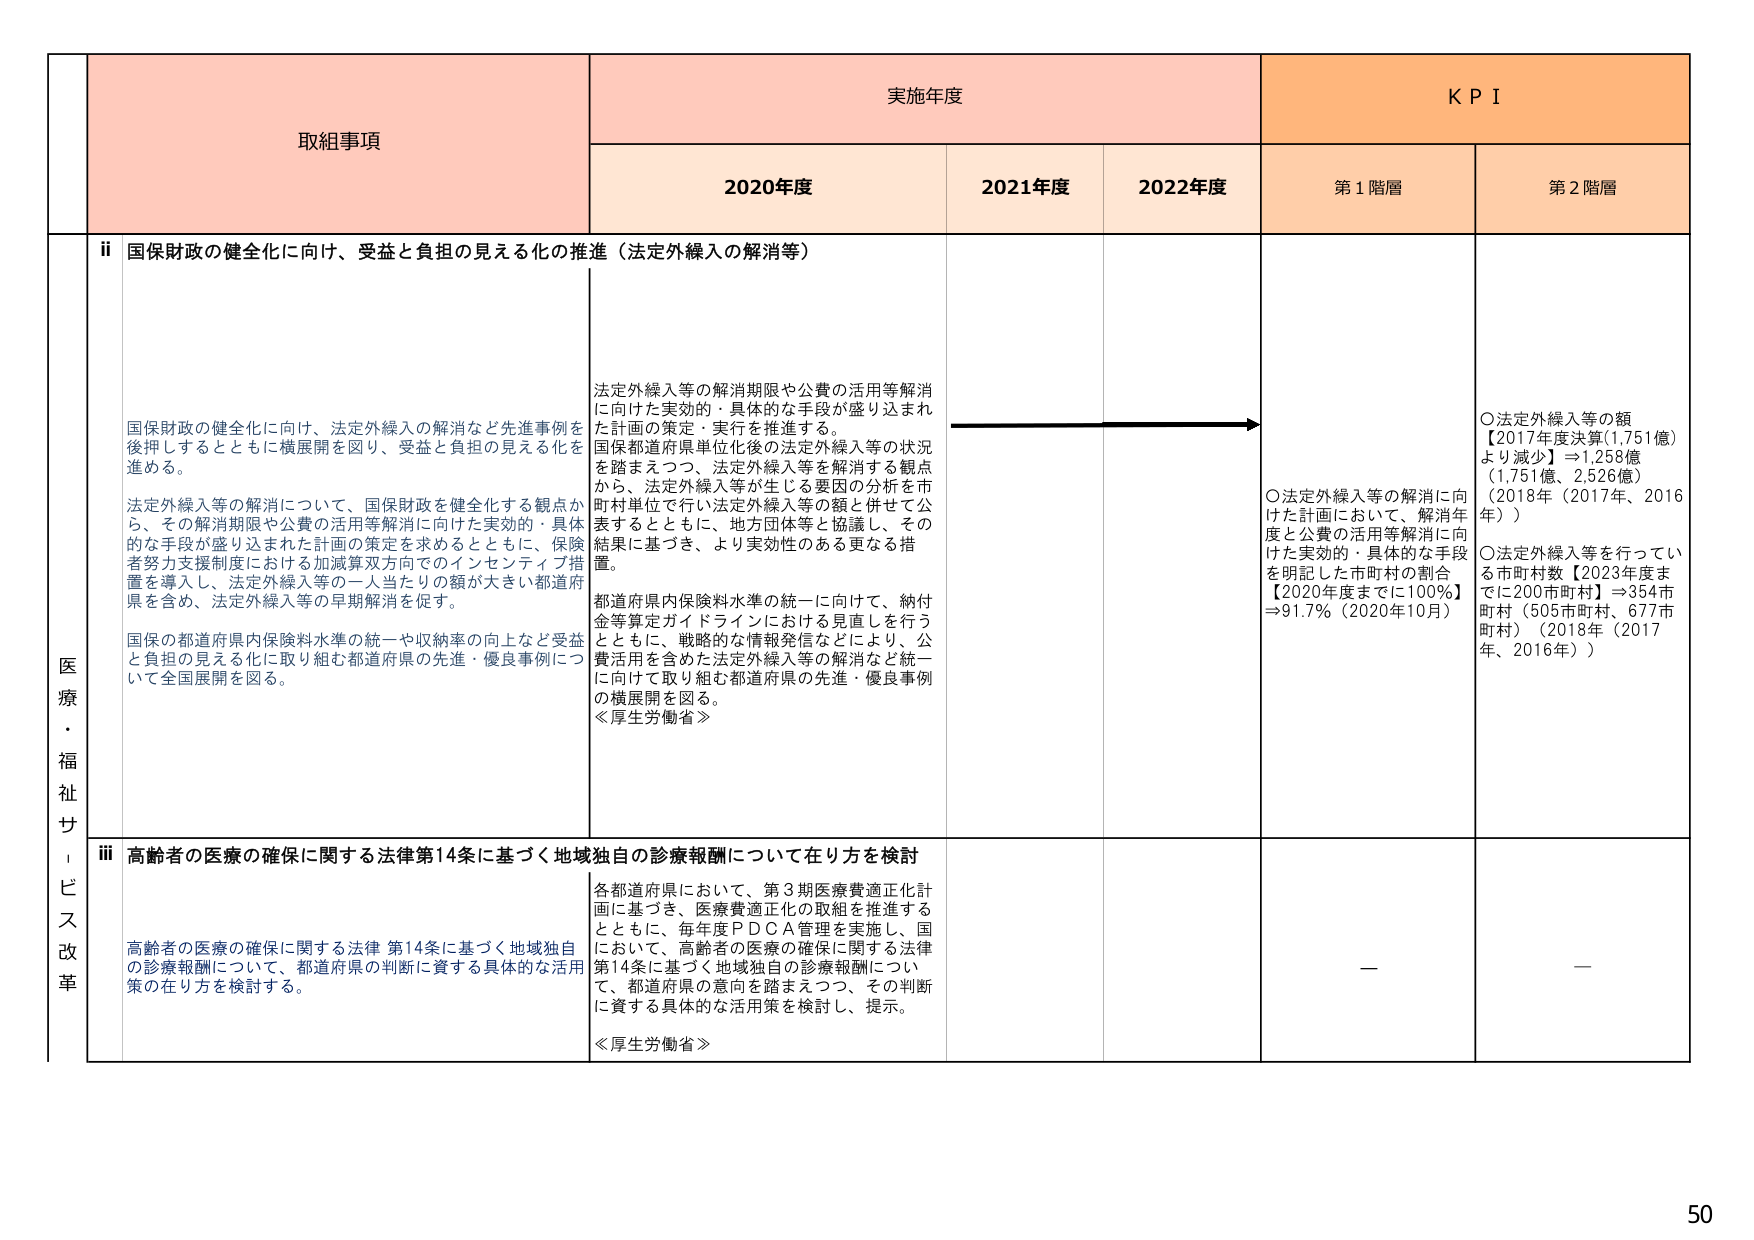
医療・福祉サービス改革

取組事項

ii 国保財政の健全化に向け、受益と負担の見える化の推進（法定外繰入の解消等）

国保財政の健全化に向け、法定外繰入の解消など先進事例を後押しするとともに横展開を図り、受益と負担の見える化を進める。

法定外繰入等の解消について、国保財政を健全化する観点から、その解消期限や公費の活用等解消に向けた実効的・具体的な手段が盛り込まれた計画の策定を求めるとともに、保険者努力支援制度における加減算双方向でのインセンティブ措置を導入し、法定外繰入等の一人当たりの額が大きい都道府県を含め、法定外繰入等の早期解消を促す。

国保の都道府県内保険料水準の統一や収納率の向上など受益と負担の見える化に取り組む都道府県の先進・優良事例について全国展開を図る。

実施年度

2020年度

2021年度

2022年度

KPI

第1階層

第2階層

法定外繰入等の解消期限や公費の活用等解消に向けた実効的・具体的な手段が盛り込まれた計画の策定・実行を推進する。

国保都道府県単位化後の法定外繰入等の状況を踏まえつつ、法定外繰入等を解消する観点から、法定外繰入等が生じる要因の分析を市町村単位で行い法定外繰入等の額と併せて公表するとともに、地方団体等と協議し、その結果に基づき、より実効性のある更なる措置。

都道府県内保険料水準の統一に向けて、納付金等算定ガイドラインにおける見直しを行うとともに、戦略的な情報発信などにより、公費活用を含めた法定外繰入等の解消など統一に向けて取り組む都道府県の先進・優良事例の横展開を図る。

≪厚生労働省≫

○法定外繰入等の解消に向けた計画において、解消年度と公費の活用等解消に向けた実効的・具体的な手段を明記した市町村の割合【2020年度までに100％】⇒91.7％（2020年10月）

○法定外繰入等の額【2017年度決算(1,751億)より減少】⇒1,258億（1,751億、2,526億）（2018年（2017年、2016年））

○法定外繰入等を行っている市町村数【2023年度までに200市町村】⇒354市町村（505市町村、677市町村）（2018年（2017年、2016年））

iii 高齢者の医療の確保に関する法律第14条に基づく地域独自の診療報酬について在り方を検討

高齢者の医療の確保に関する法律 第14条に基づく地域独自の診療報酬について、都道府県の判断に資する具体的な活用策の在り方を検討する。

各都道府県において、第3期医療費適正化計画に基づき、医療費適正化の取組を推進するとともに、毎年度PDCA管理を実施し、国において、高齢者の医療の確保に関する法律第14条に基づく地域独自の診療報酬について、都道府県の意向を踏まえつつ、その判断に資する具体的な活用策を検討し、提示。

≪厚生労働省≫

—

—

50